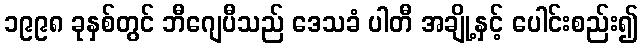
၁၉၉၈ ခုနှစ်တွင် ဘီဂျေပီသည် ဒေသခံ ပါတီ အချို့နှင့် ပေါင်းစည်း၍